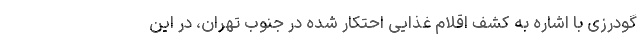
گودرزی با اشاره به کشف اقلام غذایی احتکار شده در جنوب تهران، در این